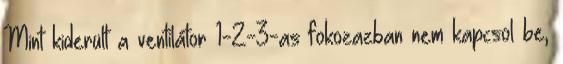
Mint kiderült a ventilátor 1-2-3-as fokozazban nem kapcsol be,